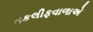
તકલીફવાળાએ